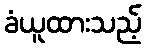
ခံယူထားသည့်